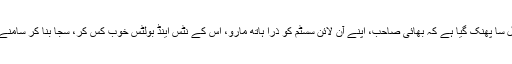
کوئی صورِ اسرافیل سا پُھنک گیا ہے کہ بھائی صاحب، اپنے آن لائن سسٹم کو ذرا ہاتھ مارو، اس کے نَٹس اینڈ بولٹس خوب کَس کر، سجا بنا کر سامنے لاؤ تب بات بنے۔